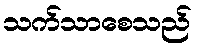
သက်သာစေသည်